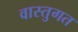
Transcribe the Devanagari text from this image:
वास्तुगत